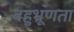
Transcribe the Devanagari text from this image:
बहुभ्रूणता